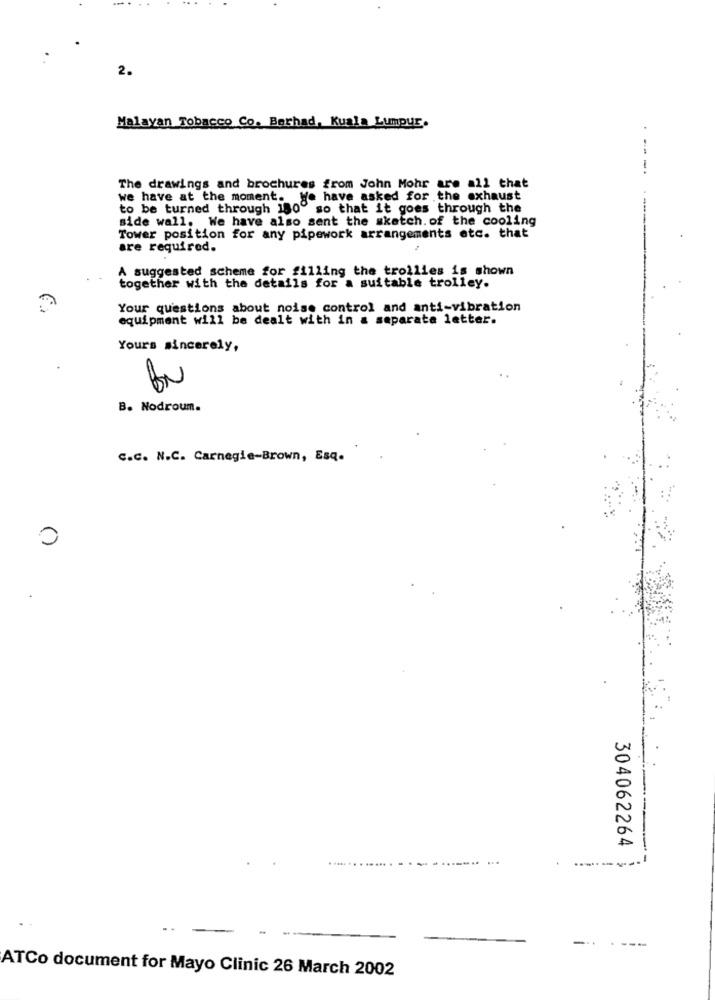
2.
Malayan Tobacco Co. Berhad, Kuala Lumpur.
..
The drawings and brochures from John Mohr are all that
we have at the moment. We have asked for the exhaust
to be turned through 180º so that it goes through the
side wall. We have also sent the sketch. of the cooling
Tower position for any pipework arrangements etc. that
are required.
A suggested scheme for filling the trollles is shown
together with the details for a suitable trolley.
Your questions about noise control and anti-vibration
equipment will be dealt with in a separate letter.
Yours sincerely,
B. Nodroum.
C.C. N.C. Carnegie-Brown, Esq.
0
304062264
..
--
----
ATCo document for Mayo Clinic 26 March 2002